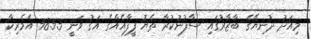
މިއަދު ދުނިޔޭގެ ބާޒާރުގައި ސާފުނުކުރާ ތެޔޮ ފީފާއެއްގެ އަގު ވަނީ 58.55 އެމެރިކާ